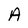
Character: A